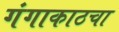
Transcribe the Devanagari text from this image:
गंगाकाठचा